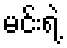
မင်းရဲ့